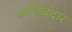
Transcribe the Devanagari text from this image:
जानिबदार